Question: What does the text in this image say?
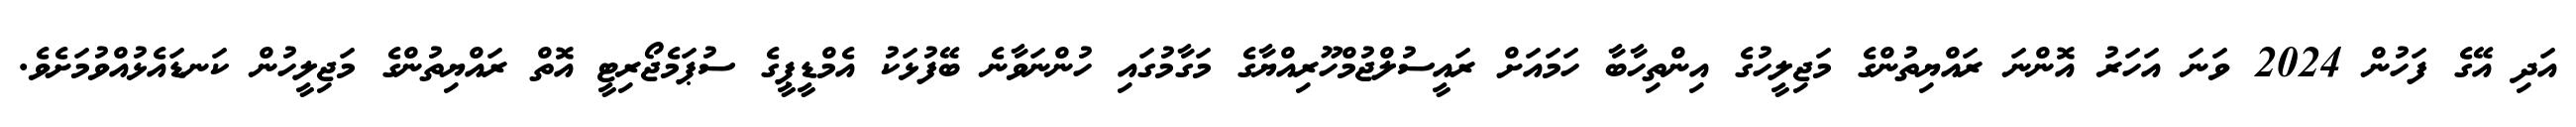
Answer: އަދި އޭގެ ފަހުން 2024 ވަނަ އަހަރު އޮންނަ ރައްޔިތުންގެ މަޖިލީހުގެ އިންތިހާބާ ހަމައަށް ރައީސުލްޖުމްހޫރިއްޔާގެ މަގާމުގައި ހުންނަވާނެ ބޭފުޅަކު އެމްޑީޕީގެ ސުޕަމެޖޯރިޓީ އޮތް ރައްޔިތުންގެ މަޖިލީހުން ކަނޑައެޅުއްވުމަށެވެ.